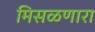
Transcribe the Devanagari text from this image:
मिसळणारा